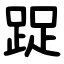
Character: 踀